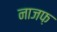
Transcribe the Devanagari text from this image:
नाजफ़